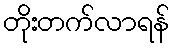
တိုးတက်လာရန်